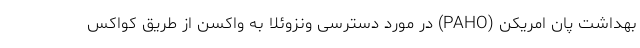
بهداشت پان امریکن (PAHO) در مورد دسترسی ونزوئلا به واکسن از طریق کواکس